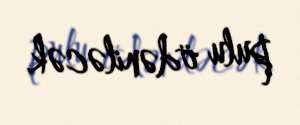
pulu ödəniləcək.